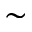
\sim